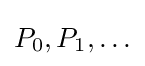
P_{0},P_{1},\ldots